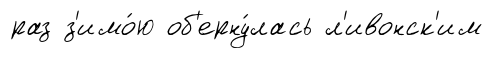
раз з'имо́ю об'ерну́лась л'ивонск'им